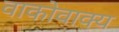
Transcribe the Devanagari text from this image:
वाकोवाक्य